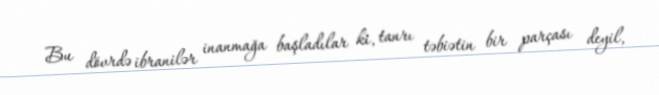
Bu dövrdə ibranilər inanmağa başladılar ki, tanrı təbiətin bir parçası deyil,